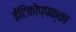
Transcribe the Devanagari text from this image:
ईटिकोप्पक्का